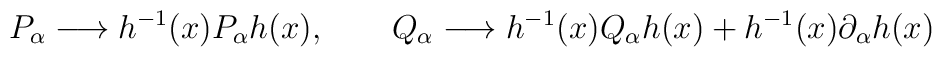
P_{\alpha }\longrightarrow h^{-1}(x)P_{\alpha }h(x),\qquad Q_{\alpha}\longrightarrow h^{-1}(x)Q_{\alpha }h(x)+h^{-1}(x)\partial _{\alpha }h(x)